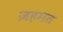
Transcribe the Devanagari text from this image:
ज़हमत